Report on vaccination in Madras 1922-1929 - 1922-1929
Year: 1922
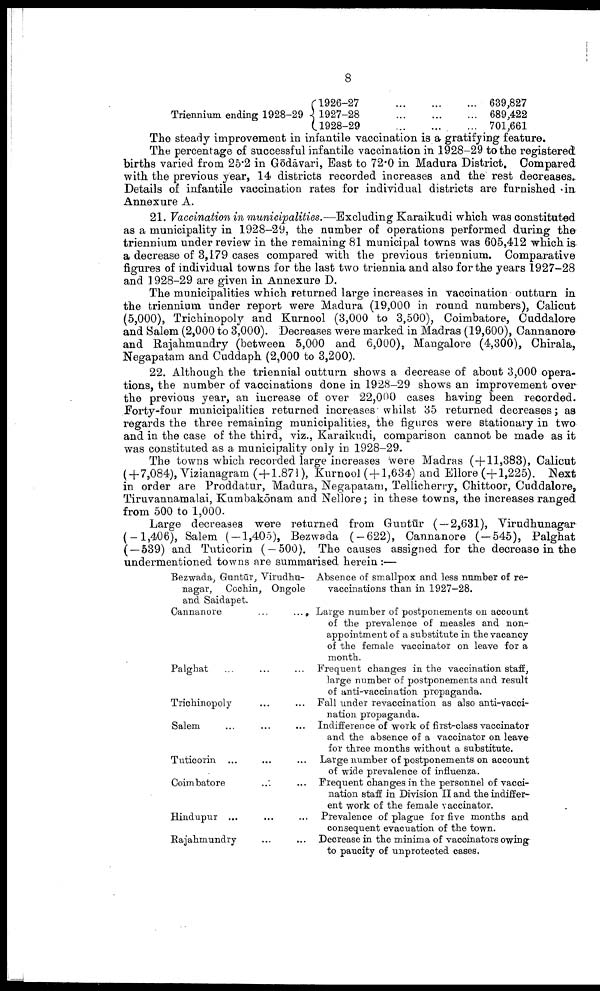
8
Triennium ending 1928-29
1926-27
...
...
...
1927-28
...
...
...
1928-29
...
...
...
639,827
689,422
701,661
The steady improvement in infantile vaccination is a gratifying feature.
The percentage of successful infantile vaccination in 1928-29 to the registered
births varied from 25.2 in Gōdāvari, East to 72.0 in Madura District. Compared
with the previous year, 14 districts recorded increases and the rest decreases-
Details of infantile vaccination rates for individual districts are furnished in
Annexure A.
21. Vaccination in municipalities.—Excluding Karaikudi which was constituted
as a municipality in 1928-29, the number of operations performed during the
triennium under review in the remaining 81 municipal towns was 605,412 which is
a decrease of 3,179 cases compared with the previous triennium. Comparative
figures of individual towns for the last two triennia and also for the years 1927-28
and 1928-29 are given in Annexure D.
The municipalities which returned large increases in vaccination outturn in
the triennium under report were Madura (19,000 in round numbers), Calicut
(5,000), Trichinopoly and Kurnool (3,000 to 3,500), Coimbatore, Cuddalore
and Salem (2,000 to 3,000). Decreases were marked in Madras (19,600), Cannanore
and Rajahmundry (between 5,000 and 6,000), Mangalore (4,300), Chirala,
Negapatam and Cuddaph (2,000 to 3,200).
22. Although the triennial outturn shows a decrease of about 3,000 opera
tions, the number of vaccinations done in 1928-29 shows an improvement over
the previous year, an increase of over 22,000 cases having been recorded.
Forty-four municipalities returned increases whilst 35 returned decreases; as
regards the three remaining municipalities, the figures were stationary in two
and in the case of the third, viz., Karaikudi, comparison cannot be made as it
was constituted as a municipality only in 1928-29.
The towns which recorded large increases were Madras (+11,383), Calicut
(+7,084), Vizianagram (+1.871), Kurnool ( + 1,634) and Ellore (+1,225). Next
in order are Proddatur, Madura, Negapatam, Tellicherry, Chittoor, Cuddalore,
Tiruvannamalai, Kumbakōnam and Nellore; in these towns, the increases ranged
from 500 to 1,000.
Large decreases were returned from Guutūr ( — 2,631), Virudhunagar
(—1,406), Salem (—1,405), Bezwada (—622), Cannanore (—545), Palghat
( — 539) and Tuticorin ( — 500). The causes assigned for the decrease in the
undermentioned towns are summarised herein :—
Bezwada, Guntūr, Virudhu
nagar, Cochin, Ongole
and Saidapet.
Cannanore ... ...
Palghat ... ... ...
Trichinopoly ... ...
Salem ... ... ...
Tuticorin ... ... ...
Coimbatore ... ...
Hindupur ... ... ...
Rajahinundry ... ...
Absence of smallpox and less number of re-
vaccinations than in 1927-28.
Large number of postponements on account
of the prevalence of measles and non-
appointment of a substitute in the vacancy
of the female vaccinator on leave for a
month.
Frequent changes in the vaccination staff,
large number of postponements and result
of anti-vaccination propaganda.
Fall under revaccination as also anti-vacci
nation propaganda.
Indifference of work of first-class vaccinator
and the absence of a vaccinator on leave
for three months without a substitute.
Large number of postponements on account
of wide prevalence of influenza.
Frequent changes in the personnel of vacci
nation staff in Division II and the indiffer
ent work of the female vaccinator.
Prevalence of plague for five months and
consequent evacuation of the town.
Decrease in the minima of vaccinators owing
to paucity of unprotected cases.